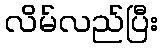
လိမ်လည်ပြီး